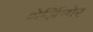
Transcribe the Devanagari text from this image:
शेर्ज़िन्गेर